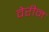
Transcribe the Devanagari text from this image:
वेरीन